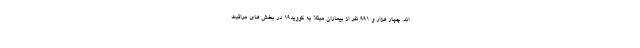
اند. چهار هزار و ۹۹۱ نفر از بیماران مبتلا به کووید۱۹ در بخش های مراقبت